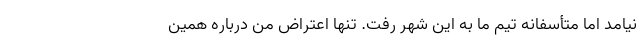
نیامد اما متأسفانه تیم ما به این شهر رفت. تنها اعتراض من درباره همین